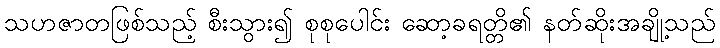
သဟဇာတဖြစ်သည့် စီးသွား၍ စုစုပေါင်း ဆော့ခရတ္တိ၏ နတ်ဆိုးအချို့သည်